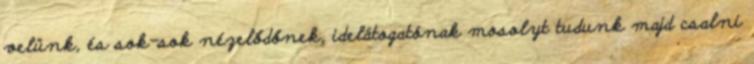
velünk, és sok-sok nézelődőnek, idelátogatónak mosolyt tudunk majd csalni